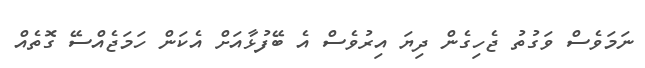
ނަމަވެސް ވަގުތު ޖެހިގެން ދިޔަ އިރުވެސް އެ ބޭފުޅާއަށް އެކަން ހަމަޖެއްސޭ ގޮތެއް